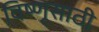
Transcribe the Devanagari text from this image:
विष्णूसाठी